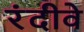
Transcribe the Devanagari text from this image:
रंदीवे